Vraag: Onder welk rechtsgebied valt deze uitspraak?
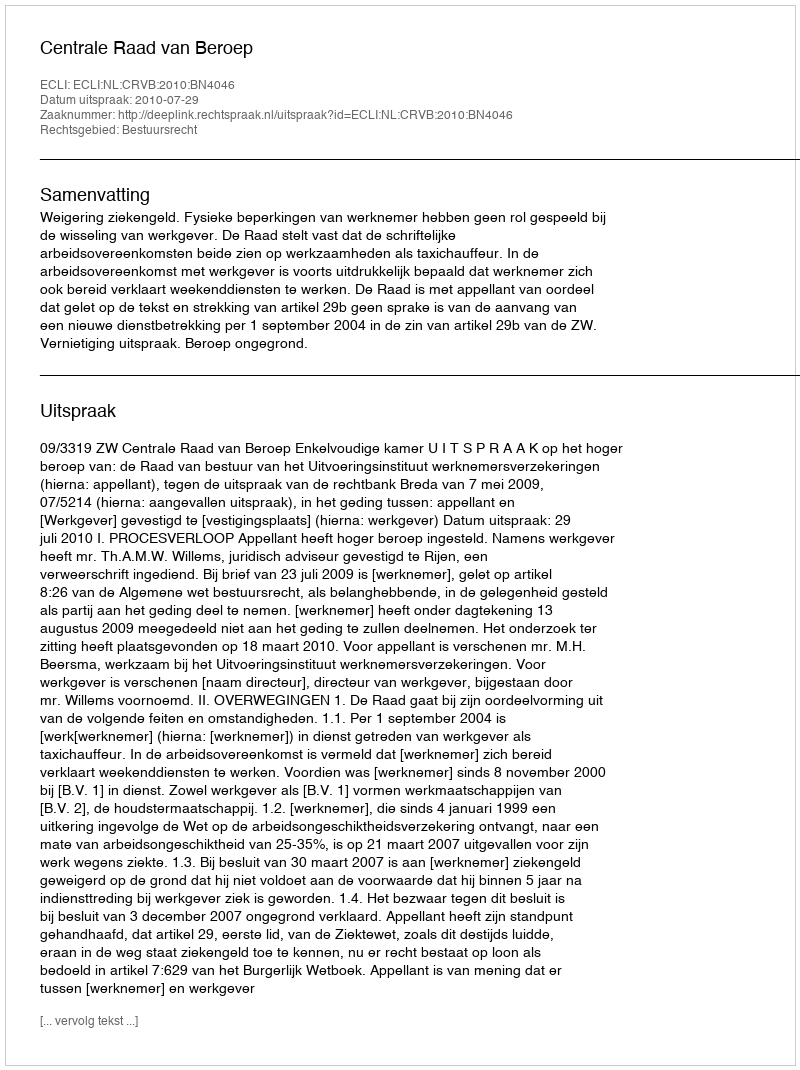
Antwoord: Bestuursrecht